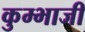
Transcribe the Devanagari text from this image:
कुम्भाजी